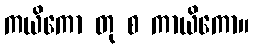
ကယိကော တု စ ကာယိကော။